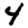
Digit: 4